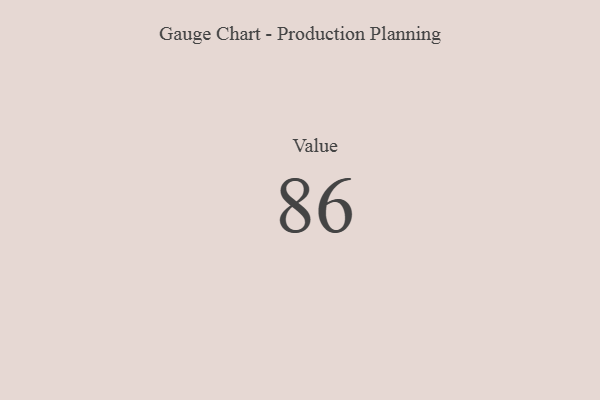
{"axis": {"x": "Metric", "y": "Value"}, "legend": [""], "data": [{"x": "Value", "y": 86, "type": ""}]}